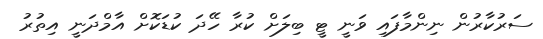
ސަރުކާރުން ނިންމާފައި ވަނީ ޓީ ބިލަށް ކުރާ ހޭދަ ކުޑަކޮށް އާމްދަނީ އިތުރު